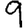
Digit: 9